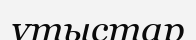
ұтыстар